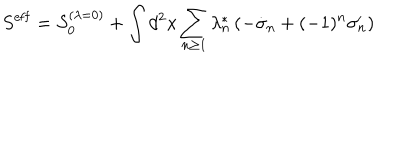
S ^ { \mathrm { e f f } } = S _ { 0 } ^ { ( \lambda = 0 ) } + \int d ^ { 2 } x \sum _ { n \geq 1 } \lambda _ { n } ^ { * } \left( - \dot { \sigma } _ { n } + ( - 1 ) ^ { n } \sigma _ { n } ^ { \prime } \right)